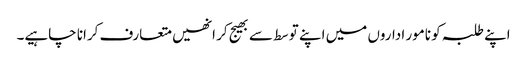
اپنے طلبہ کو نامور اداروں میں اپنے توسط سے بھیج کر انھیں متعارف کرانا چاہیے۔